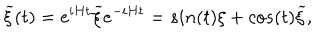
LaTeX: { \widetilde \xi } ( t ) = e ^ { i H t } { \widetilde \xi } e ^ { - i H t } = s i n ( t ) \xi + c o s ( t ) { \widetilde \xi } ,